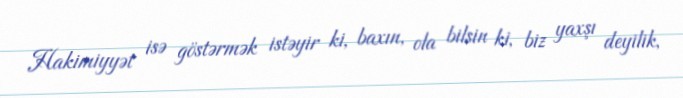
Hakimiyyət isə göstərmək istəyir ki, baxın, ola bilsin ki, biz yaxşı deyilik,